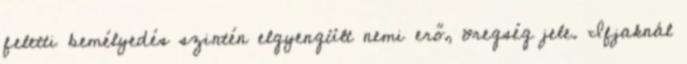
feletti bemélyedés szintén elgyengült nemi erő, öregség jele. Ifjaknál